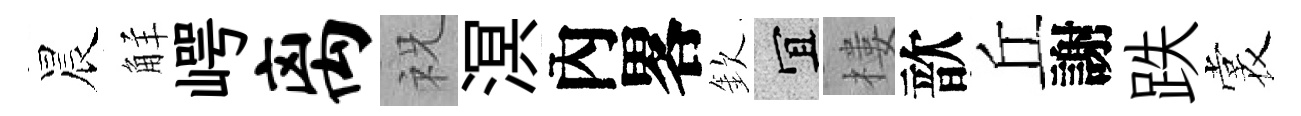
晨觧崿离祝溟內畧欽宜樓歆丘謝跌裳